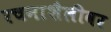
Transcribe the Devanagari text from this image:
रचनाशैलीवर